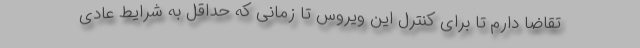
تقاضا دارم تا برای کنترل این ویروس تا زمانی که حداقل به شرایط عادی